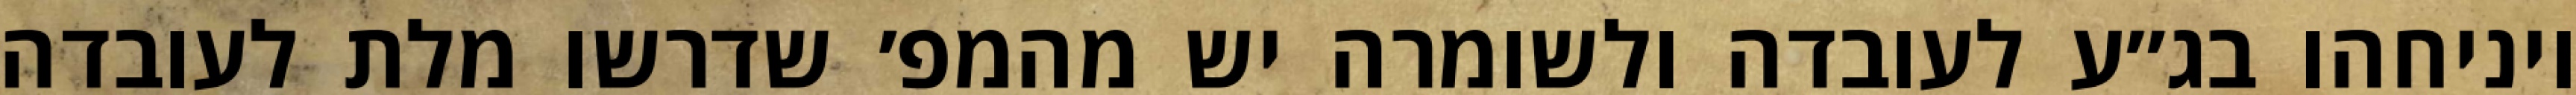
ויניחהו בג״ע לעובדה ולשומרה יש מהמפ׳ שדרשו מלת לעובדה